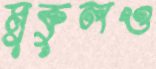
মুকুলও